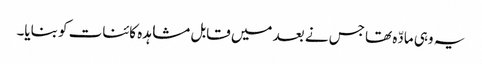
یہ وہی مادّہ تھا جس نے بعد میں قابل مشاہدہ کائنات کو بنایا۔